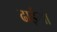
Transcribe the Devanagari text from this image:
ढाईसौ